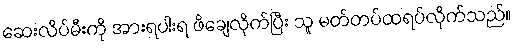
ဆေးလိပ်မီးကို အားရပါးရ ဖိချေလိုက်ပြီး သူ မတ်တပ်ထရပ်လိုက်သည်။